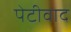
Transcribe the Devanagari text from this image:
पेटीवाद